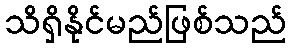
သိရှိနိုင်မည်ဖြစ်သည်